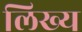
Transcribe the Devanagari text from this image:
लिख्य